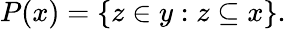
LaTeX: P(x)=\{ z\in y:z\subseteq x\} .